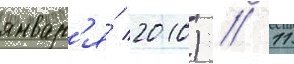
январ'я́ 2010) // 11